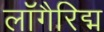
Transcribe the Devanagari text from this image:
लॉगैरिद्म